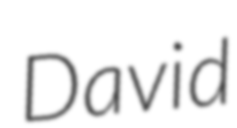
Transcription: David